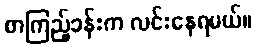
စာကြည့်ခန်းက လင်းနေရမယ်။